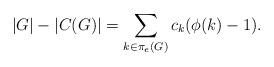
LaTeX: \begin{align*}|G|-|C(G)|=\sum_{k \in \pi_e(G)} c_k(\phi(k)-1).\end{align*}